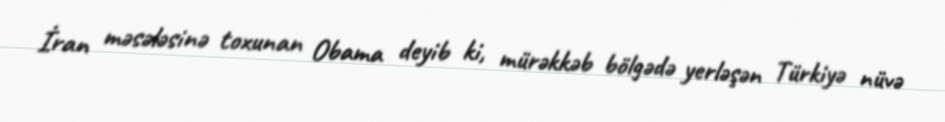
İran məsələsinə toxunan Obama deyib ki, mürəkkəb bölgədə yerləşən Türkiyə nüvə